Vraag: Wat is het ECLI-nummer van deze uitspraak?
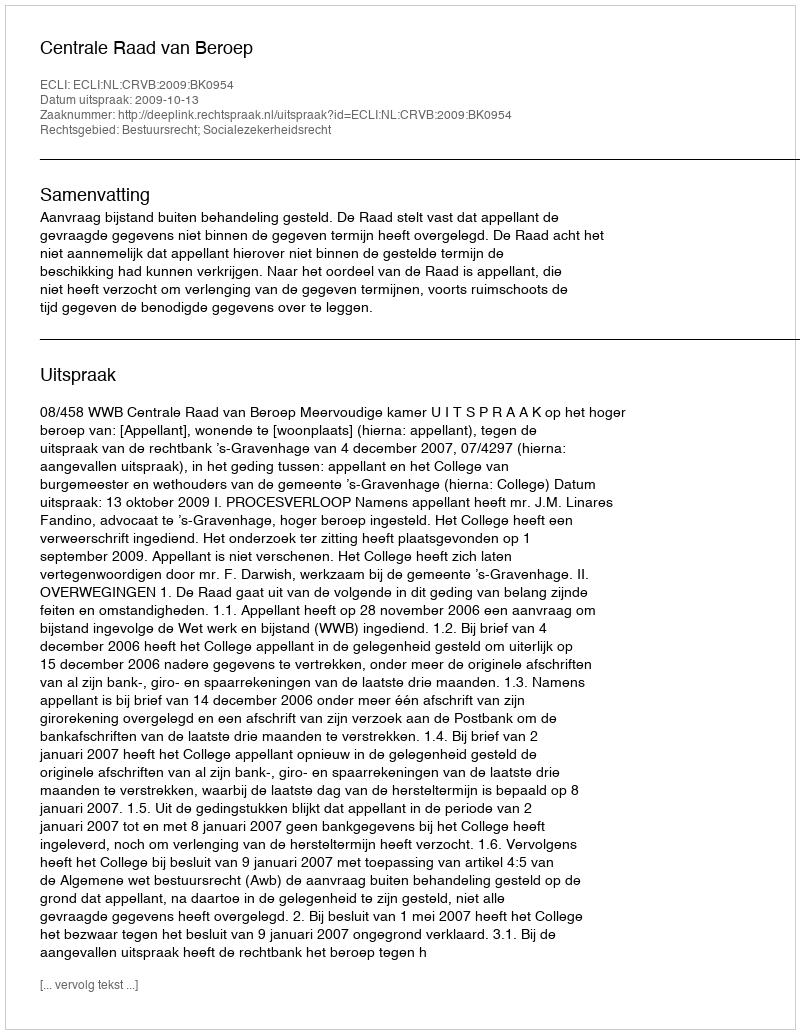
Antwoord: ECLI:NL:CRVB:2009:BK0954